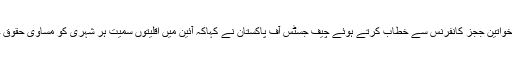
لاہور میں خواتین ججز کانفرنس سے خطاب کرتے ہوئے چیف جسٹس آف پاکستان نے کہاکہ آئین میں اقلیتوں سمیت ہر شہری کو مساوی حقوق حاصل ہیں۔